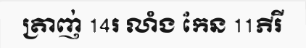
ត្រាញ់ 14រ លាំង កែន 11ភីរី